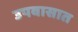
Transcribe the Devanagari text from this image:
उपवासात